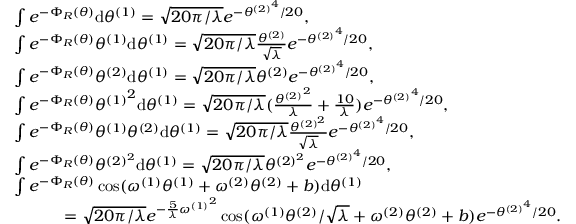
\begin{array} { r l } & { \int e ^ { - \Phi _ { R } ( \theta ) } \mathrm { d } { \theta ^ { ( 1 ) } } = \sqrt { 2 0 \pi / \lambda } e ^ { - { \theta ^ { ( 2 ) } } ^ { 4 } / 2 0 } , } \\ & { \int e ^ { - \Phi _ { R } ( \theta ) } { \theta ^ { ( 1 ) } } \mathrm { d } { \theta ^ { ( 1 ) } } = \sqrt { 2 0 \pi / \lambda } \frac { { \theta ^ { ( 2 ) } } } { \sqrt { \lambda } } e ^ { - { \theta ^ { ( 2 ) } } ^ { 4 } / 2 0 } , } \\ & { \int e ^ { - \Phi _ { R } ( \theta ) } { \theta ^ { ( 2 ) } } \mathrm { d } { \theta ^ { ( 1 ) } } = \sqrt { 2 0 \pi / \lambda } \theta ^ { ( 2 ) } e ^ { - { \theta ^ { ( 2 ) } } ^ { 4 } / 2 0 } , } \\ & { \int e ^ { - \Phi _ { R } ( \theta ) } { \theta ^ { ( 1 ) } } ^ { 2 } \mathrm { d } { \theta ^ { ( 1 ) } } = \sqrt { 2 0 \pi / \lambda } ( \frac { { \theta ^ { ( 2 ) } } ^ { 2 } } { \lambda } + \frac { 1 0 } { \lambda } ) e ^ { - { \theta ^ { ( 2 ) } } ^ { 4 } / 2 0 } , } \\ & { \int e ^ { - \Phi _ { R } ( \theta ) } { \theta ^ { ( 1 ) } } { \theta ^ { ( 2 ) } } \mathrm { d } { \theta ^ { ( 1 ) } } = \sqrt { 2 0 \pi / \lambda } \frac { { \theta ^ { ( 2 ) ^ { 2 } } } } { \sqrt { \lambda } } e ^ { - { \theta ^ { ( 2 ) } } ^ { 4 } / 2 0 } , } \\ & { \int e ^ { - \Phi _ { R } ( \theta ) } { \theta ^ { ( 2 ) ^ { 2 } } } \mathrm { d } { \theta ^ { ( 1 ) } } = \sqrt { 2 0 \pi / \lambda } \theta ^ { ( 2 ) ^ { 2 } } e ^ { - { \theta ^ { ( 2 ) } } ^ { 4 } / 2 0 } , } \\ & { \int e ^ { - \Phi _ { R } ( \theta ) } \cos ( { \omega ^ { ( 1 ) } } { \theta ^ { ( 1 ) } } + { \omega ^ { ( 2 ) } } { \theta ^ { ( 2 ) } } + b ) \mathrm { d } { \theta ^ { ( 1 ) } } } \\ & { \quad \quad \quad = \sqrt { 2 0 \pi / \lambda } e ^ { - \frac { 5 } { \lambda } { \omega ^ { ( 1 ) } } ^ { 2 } } \cos ( { \omega ^ { ( 1 ) } } { \theta ^ { ( 2 ) } } / \sqrt { \lambda } + { \omega ^ { ( 2 ) } } { \theta ^ { ( 2 ) } } + b ) e ^ { - { \theta ^ { ( 2 ) } } ^ { 4 } / 2 0 } . } \end{array}